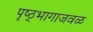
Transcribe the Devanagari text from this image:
पृष्ठ्भागाजवळ